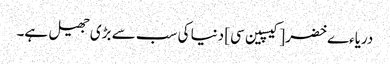
دریاءے خضر [کیسپین سی] دنیا کی سب سے بڑی جھیل ہے۔